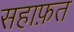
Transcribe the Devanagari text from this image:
सहाफ़त